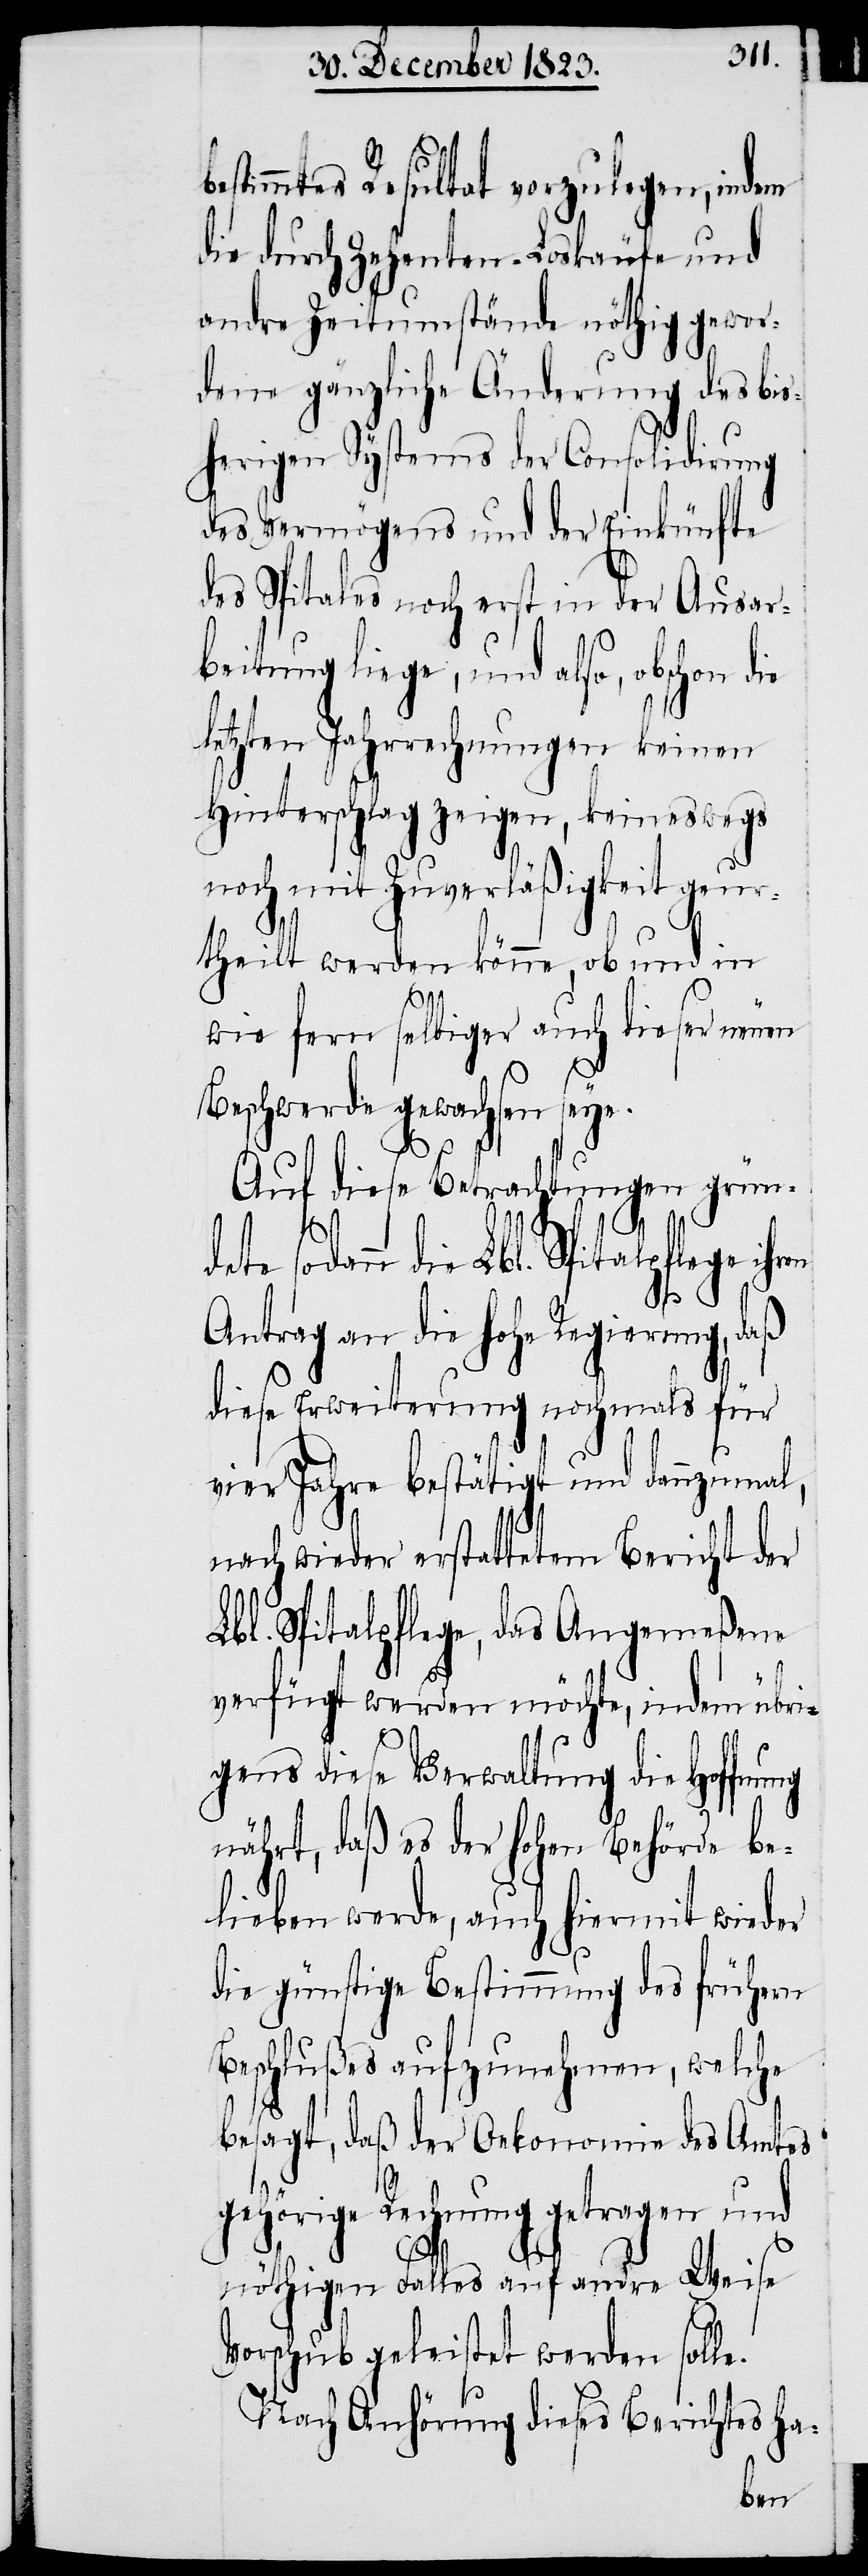
stimmtes Resultat vorzulegen, indem
die durch Zehenten-Loskäufe und
andre Zeitumstände nöthig gewor¬
dene gänzliche Änderung des bis¬
herigen Systems der Consolidirung
des Vermögens und der Einkünfte
des Spitales noch erst in der Ausar¬
beitung liege, und also, obschon
letzten Jahrrechnungen keinen
Hinterschlag zeigen, keineswegs
noch mit Zuverläßigkeit geur¬
e.
theilt werden könne, ob und in
wie fern selbiger auch dieser neuen
Beschwerde gewachsen seye.
Auf diese Betrachtungen grün¬
dete sodann die Lbl. Spitalpflege ihren
Antrag an die hohe Regierung, daß
diese Erweiterung nochmals für
vier Jahre bestätigt und dannzumal,
nach wieder erstattetem Bericht der
Lbl. Spitalpflege, das Angemeßene
verfügt werden möchte, indem übri¬
gens diese Verwaltung die Hoffnung
nährt, daß es der hohen Behörde be¬
lieben werde, auch hiermit wieder
die günstige Bestimmung des frühern
Beschlußes aufzunehmen, welche
besagt, daß der Oekonomie des Amtes
gehörige Rechnung getragen und
nöthigen Falles auf andre Weise
Vorschub geleistet werden soll¬
Nach Anhörung dieses Berichtes ha-
be¬